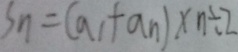
S _ { n } = ( a _ { 1 } + a _ { n } ) \times n \div 2